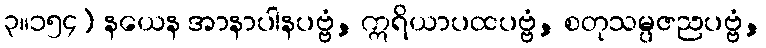
၃။၁၅၄) နယေန အာနာပါနပဗ္ဗံ, ဣရိယာပထပဗ္ဗံ, စတုသမ္ပဇညပဗ္ဗံ,